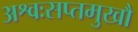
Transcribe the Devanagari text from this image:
अश्वःसप्तमुखौ